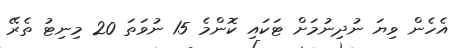
އެހެން ވިޔަ ނުދިނުމަށް ޓަކައި ކޮންމެ 15 ނުވަތަ 20 މިނިޓު ތެރޭ